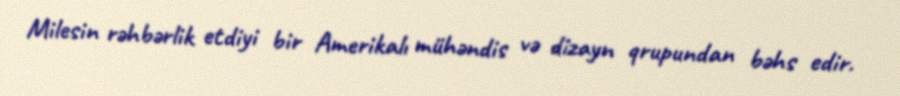
Milesin rəhbərlik etdiyi bir Amerikalı mühəndis və dizayn qrupundan bəhs edir.